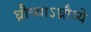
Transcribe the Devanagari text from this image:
ध्रौव्याऽध्रौव्ये